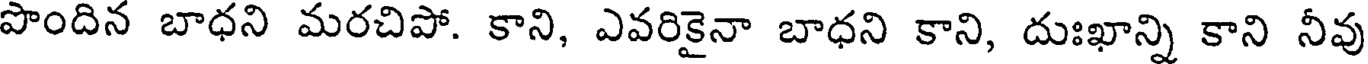
పొందిన బాధని మరచిపో. కాని, ఎవరికైనా బాధని కాని, దుఃఖాన్ని కాని నీవు